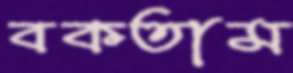
বকতাম